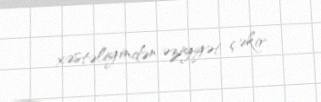
xəstəliyindən əziyyət çəkir.